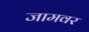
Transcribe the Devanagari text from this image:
जामवर